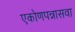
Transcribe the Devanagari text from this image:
एकोणपन्नासवा